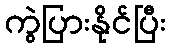
ကွဲပြားနိုင်ပြီး